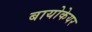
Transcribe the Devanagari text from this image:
बायोकेयर